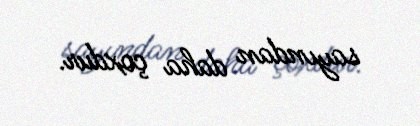
sayından daha çoxdur.